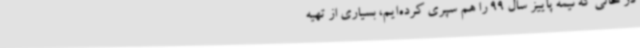
در حالی که نیمه پاییز سال 99 را هم سپری کرده‌ایم، بسیاری از تهیه‌